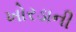
ખોરડાની